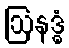
ဩနဒ္ဓံ